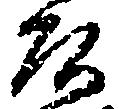
頭